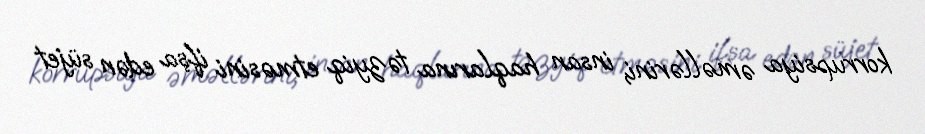
korrupsiya əməllərini, insan haqlarına təzyiq etməsini ifşa edən süjet